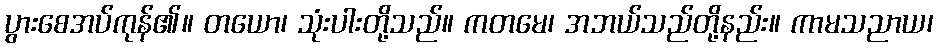
ပွားစေအပ်ကုန်၏။ တယော၊ သုံးပါးတို့သည်။ ကတမေ၊ အဘယ်သည်တို့နည်း။ ကာမသညာယ၊